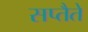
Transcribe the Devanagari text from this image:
सप्तैते